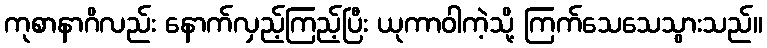
ကုစာနာဂိလည်း နောက်လှည့်ကြည့်ပြီး ယုကာဝါကဲ့သို့ ကြက်သေသေသွားသည်။